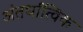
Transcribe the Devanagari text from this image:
अंतर्धात्विक